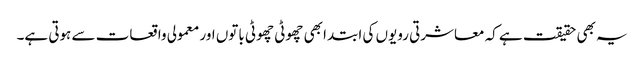
یہ بھی حقیقت ہے کہ معاشرتی رویوں کی ابتدا بھی چھوٹی چھوٹی باتوں اور معمولی واقعات سے ہوتی ہے۔